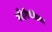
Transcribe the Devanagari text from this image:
बहिरीचंडिका